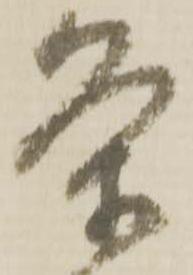
条